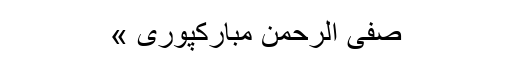
صفی الرحمٰن مبارکپوری »